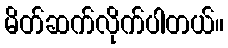
မိတ်ဆက်လိုက်ပါတယ်။